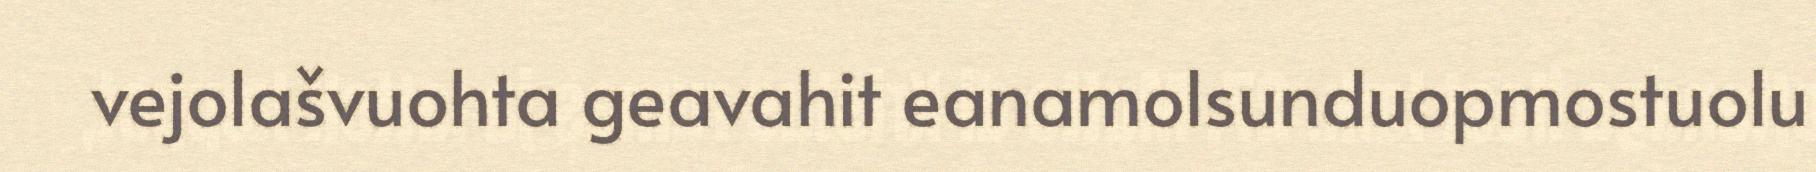
vejolašvuohta geavahit eanamolsunduopmostuolu